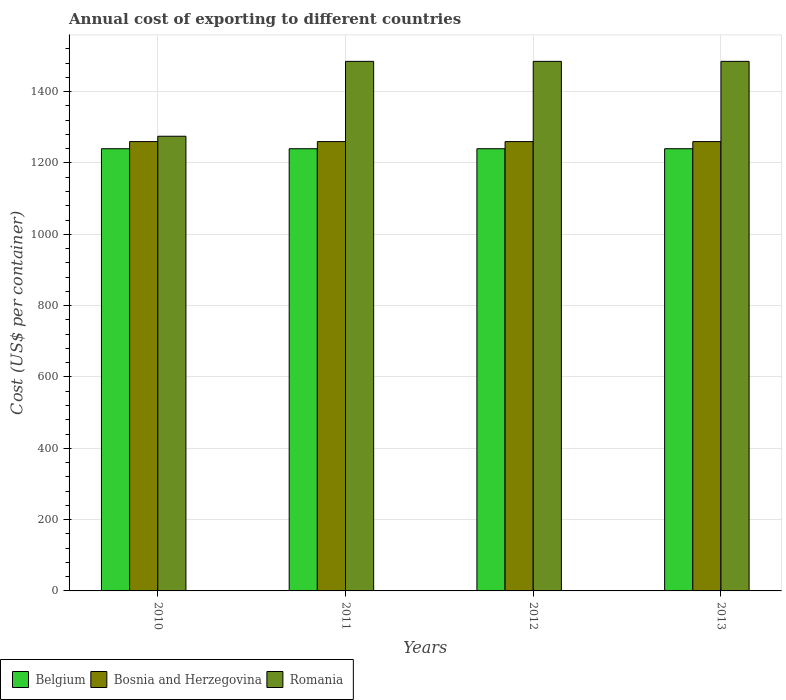
| Years | Belgium | Bosnia and Herzegovina | Romania |
 | --- | --- | --- | --- |
 | 2010 | 1.24e+03 | 1.26e+03 | 1.28e+03 |
 | 2011 | 1.24e+03 | 1.26e+03 | 1.48e+03 |
 | 2012 | 1.24e+03 | 1.26e+03 | 1.48e+03 |
 | 2013 | 1.24e+03 | 1.26e+03 | 1.48e+03 |